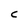
Character: C